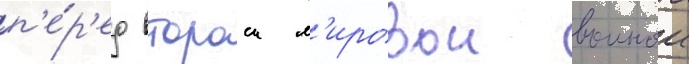
п'е́р'ед второи м'ировои воинои